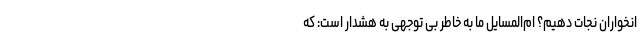
انخواران نجات دهیم؟ ام‌المسایل ما به خاطر بی توجهی به هشدار است: که